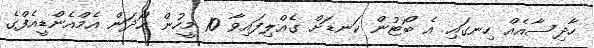
ހާދިސާއެއް ހިނގައި އެ ބޯޓުން ކަނޑަށް ގެއްލިފައިވާ 10 މީހުން ހޯދަން އެމްއެންޑީއެފްގެ